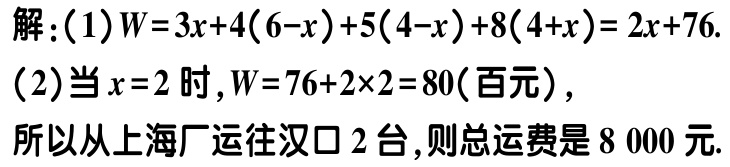
解：(1)$W = 3x + 4(6 - x)+5(4 - x)+8(4 + x)=2x + 76$.
(2)当$x = 2$时，$W = 76 + 2\times2 = 80$(百元)，
所以从上海厂运往汉口$2$台，则总运费是$8\ 000$元.